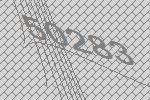
50283